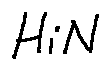
H i N